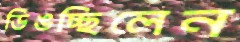
ডিঙচ্ছিলেন